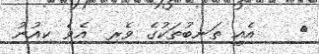
٧    އެއީ ތަނބުތަކުގެ ވެރި  އެވެ ކިއުނު